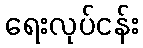
ရေးလုပ်ငန်း